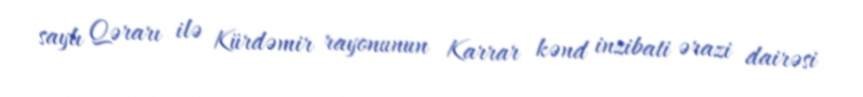
saylı Qərarı ilə Kürdəmir rayonunun Karrar kənd inzibati ərazi dairəsi